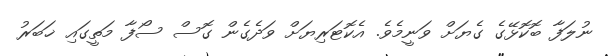
ނުލަފާ ބޮކޮޅޭގެ ގެޔަށް ވަނީމެވެ. އެކޮޓަރިޔަށް ވަދެގެން ގޮސް ސޯފާ މަތީގައި ޚަބަރު